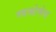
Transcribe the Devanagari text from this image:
स्यन्द्रोमेस